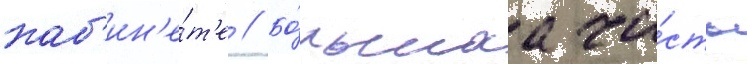
каб'ин'е́т'е // Бо́льшаа ча́сть